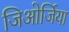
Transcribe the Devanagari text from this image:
जिओर्जिया